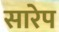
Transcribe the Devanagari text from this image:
सारेप